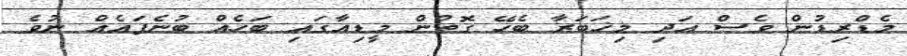
މެޑްރިޑުން ވެސް އަދި މިޚަބަރާ ބެހޭ ގޮތުން މީޑިއާގައި ބަހެއް ބުނެފައެއް ނުވެ